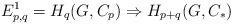
\begin{align*}E^{1}_{p,q} = H_{q}(G, C_{p}) \Rightarrow H_{p+q}(G, C_{*}) \end{align*}